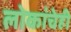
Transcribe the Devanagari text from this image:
लोकांचेही